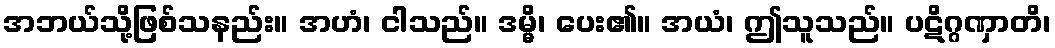
အဘယ်သို့ဖြစ်သနည်း။ အဟံ၊ ငါသည်။ ဒမ္မိ၊ ပေး၏။ အယံ၊ ဤသူသည်။ ပဋိဂ္ဂဏှာတိ၊